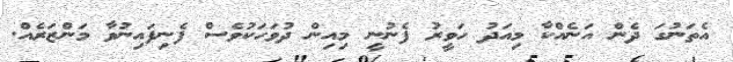
އެތަނުގަ ދެން އަނެއްކާ މިއަދު ހަވީރު ފެނުނީ މިއިން ދުވަހަކުވެސް ފެނިފައިނުވާ މަންޒަރެއް.